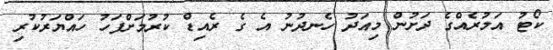
ކޯޓު އަމުރެއްގެ ދަށުން މިއަދު ހެނދުނު އެ ގެ ރެއިޑް ކުރުމަށްފަހު ހައްޔަރުކުރި